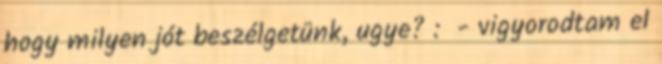
hogy milyen jót beszélgetünk, ugye? : - vigyorodtam el